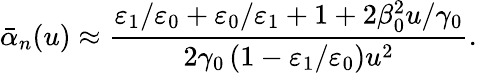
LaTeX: \bar{\alpha}_{n}(u)\approx\frac{\varepsilon_{1}/\varepsilon_{0}+\varepsilon_{0}/\varepsilon_{1}+1+2\beta_{0}^{2}u/\gamma_{0}}{2\gamma_{0}\left(1-\varepsilon_{1}/\varepsilon_{0}\right)u^{2}}.